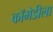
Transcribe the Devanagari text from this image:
कॉमेडीला